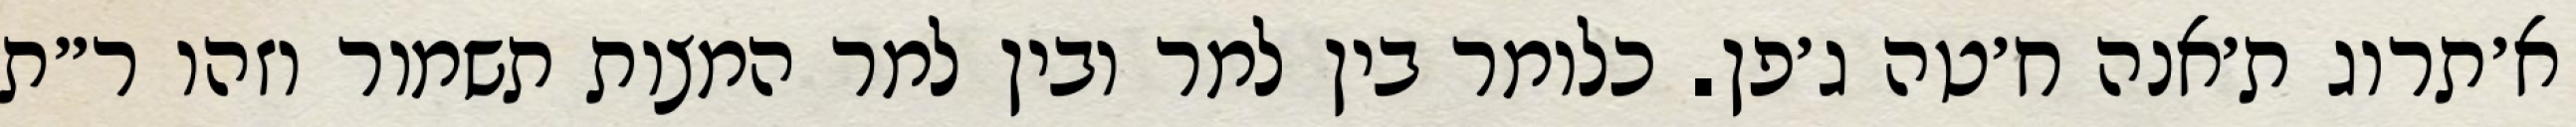
א׳תרוג ת׳אנה ח׳טה ג׳פן. כלומר בין למר ובין למר המצות תשמור וזהו ר״ת